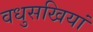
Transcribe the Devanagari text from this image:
वधुसखियां